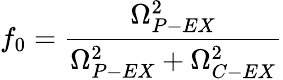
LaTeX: f_{0}=\frac{\Omega_{P-EX}^{2}}{\Omega_{P-EX}^{2}+\Omega_{C-EX}^{2}}